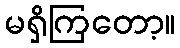
မရှိကြတော့။